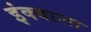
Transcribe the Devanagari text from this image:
इंक्वाला